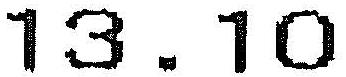
13.10